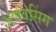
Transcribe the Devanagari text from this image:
अर्णवसिंग